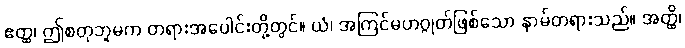
ဧတ္ထ၊ ဤစတုဘူမက တရားအပေါင်းတို့တွင်။ ယံ၊ အကြင်မဟဂ္ဂုတ်ဖြစ်သော နာမ်တရားသည်။ အတ္ထိ၊